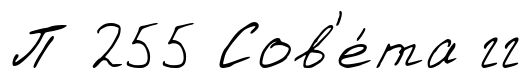
П 255 Сов'е́та гг